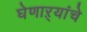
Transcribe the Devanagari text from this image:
घेणाऱ्यांचे